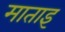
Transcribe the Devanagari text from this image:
माताइ